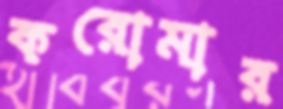
করোমার